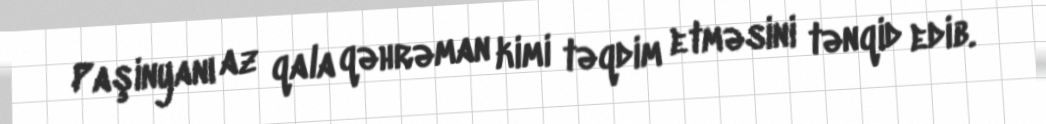
Paşinyanı az qala qəhrəman kimi təqdim etməsini tənqid edib.